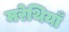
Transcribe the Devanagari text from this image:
मरेथियाँ